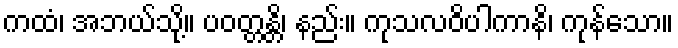
ကထံ၊ အဘယ်သို့။ ပဝတ္တန္တိ၊ နည်း။ ကုသလဝိပါကာနိ၊ ကုန်သော။